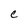
Character: C